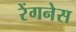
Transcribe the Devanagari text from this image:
रेंगनेस